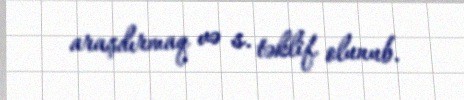
araşdırmaq və s. təklif olunub.